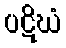
ပဋိဃံ